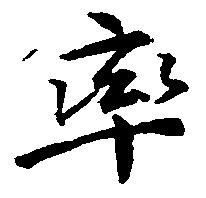
率